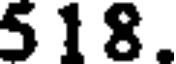
5 18.